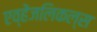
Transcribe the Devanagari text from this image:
एव्हेंजलिकल्स